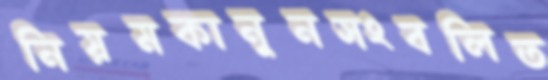
নিয়মকানুনসংবলিত